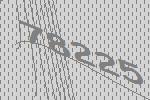
78225